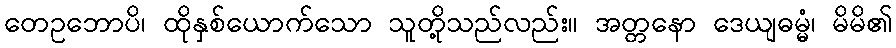
တေဥဘောပိ၊ ထိုနှစ်ယောက်သော သူတို့သည်လည်း။ အတ္တနော ဒေယျဓမ္မံ၊ မိမိ၏